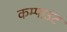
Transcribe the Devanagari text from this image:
कम्पाउंट